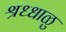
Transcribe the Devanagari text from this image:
श्रध्धाळु